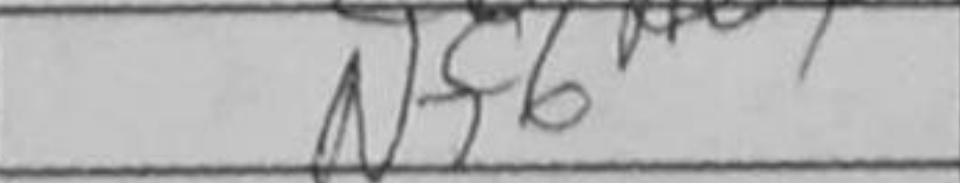
Transcription: Nf6